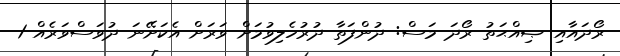
ރޯދައާއި ޞިއްޙަތު ރޯދަ މަސް: ދުންފަތާ ދުރުހެލިވުމަށް ވަރަށް އެކަށޭނަ ދުވަސްވަރެއް 1